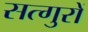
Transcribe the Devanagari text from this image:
सत्गुरों